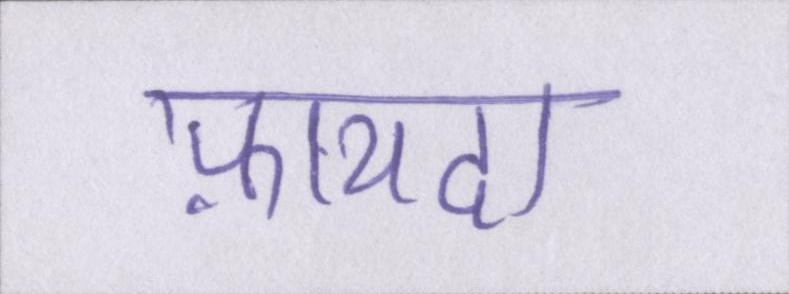
फ़ायदा